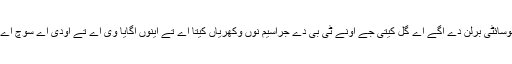
برلن چ، 24 مارچ 1882 نوں اونے فزیالوجیکل سوسائٹی برلن دے اگے اے گل کیتی جے اونے ٹی بی دے جراسیم نوں وکھریاں کیتا اے تے اینوں اگایا وی اے تے اودی اے سوچ اے جے ایہو جراسیم ای ٹی بی دے روگ دی وجہ اے۔